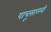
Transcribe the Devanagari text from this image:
पाचूसारखी